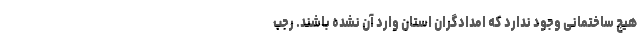
هیچ ساختمانی وجود ندارد که امدادگران استان وارد آن نشده باشند. رجب